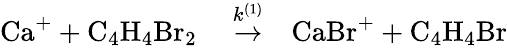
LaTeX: \begin{array}{rlr}{\mathrm{Ca^{+}+C_{4}H_{4}Br_{2}}}&{{}\stackrel{k^{(1)}}{\to}}&{\mathrm{CaBr^{+}+C_{4}H_{4}Br}}\end{array}